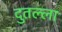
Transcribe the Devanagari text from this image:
दुतल्ला